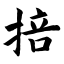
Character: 掊